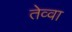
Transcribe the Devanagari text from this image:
तेव्वा